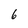
Character: 6